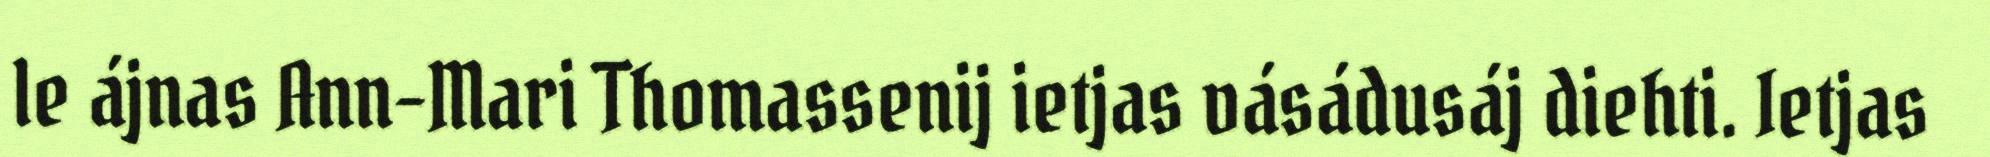
le ájnas Ann-Mari Thomassenij ietjas vásádusáj diehti. Ietjas